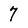
Character: 7